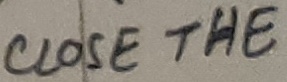
Text: CLOSE THE